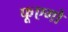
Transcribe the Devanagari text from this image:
फूएगो